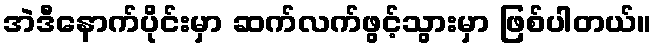
အဲဒီနောက်ပိုင်းမှာ ဆက်လက်ဖွင့်သွားမှာ ဖြစ်ပါတယ်။